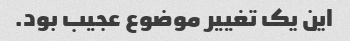
این یک تغییر موضوع عجیب بود.